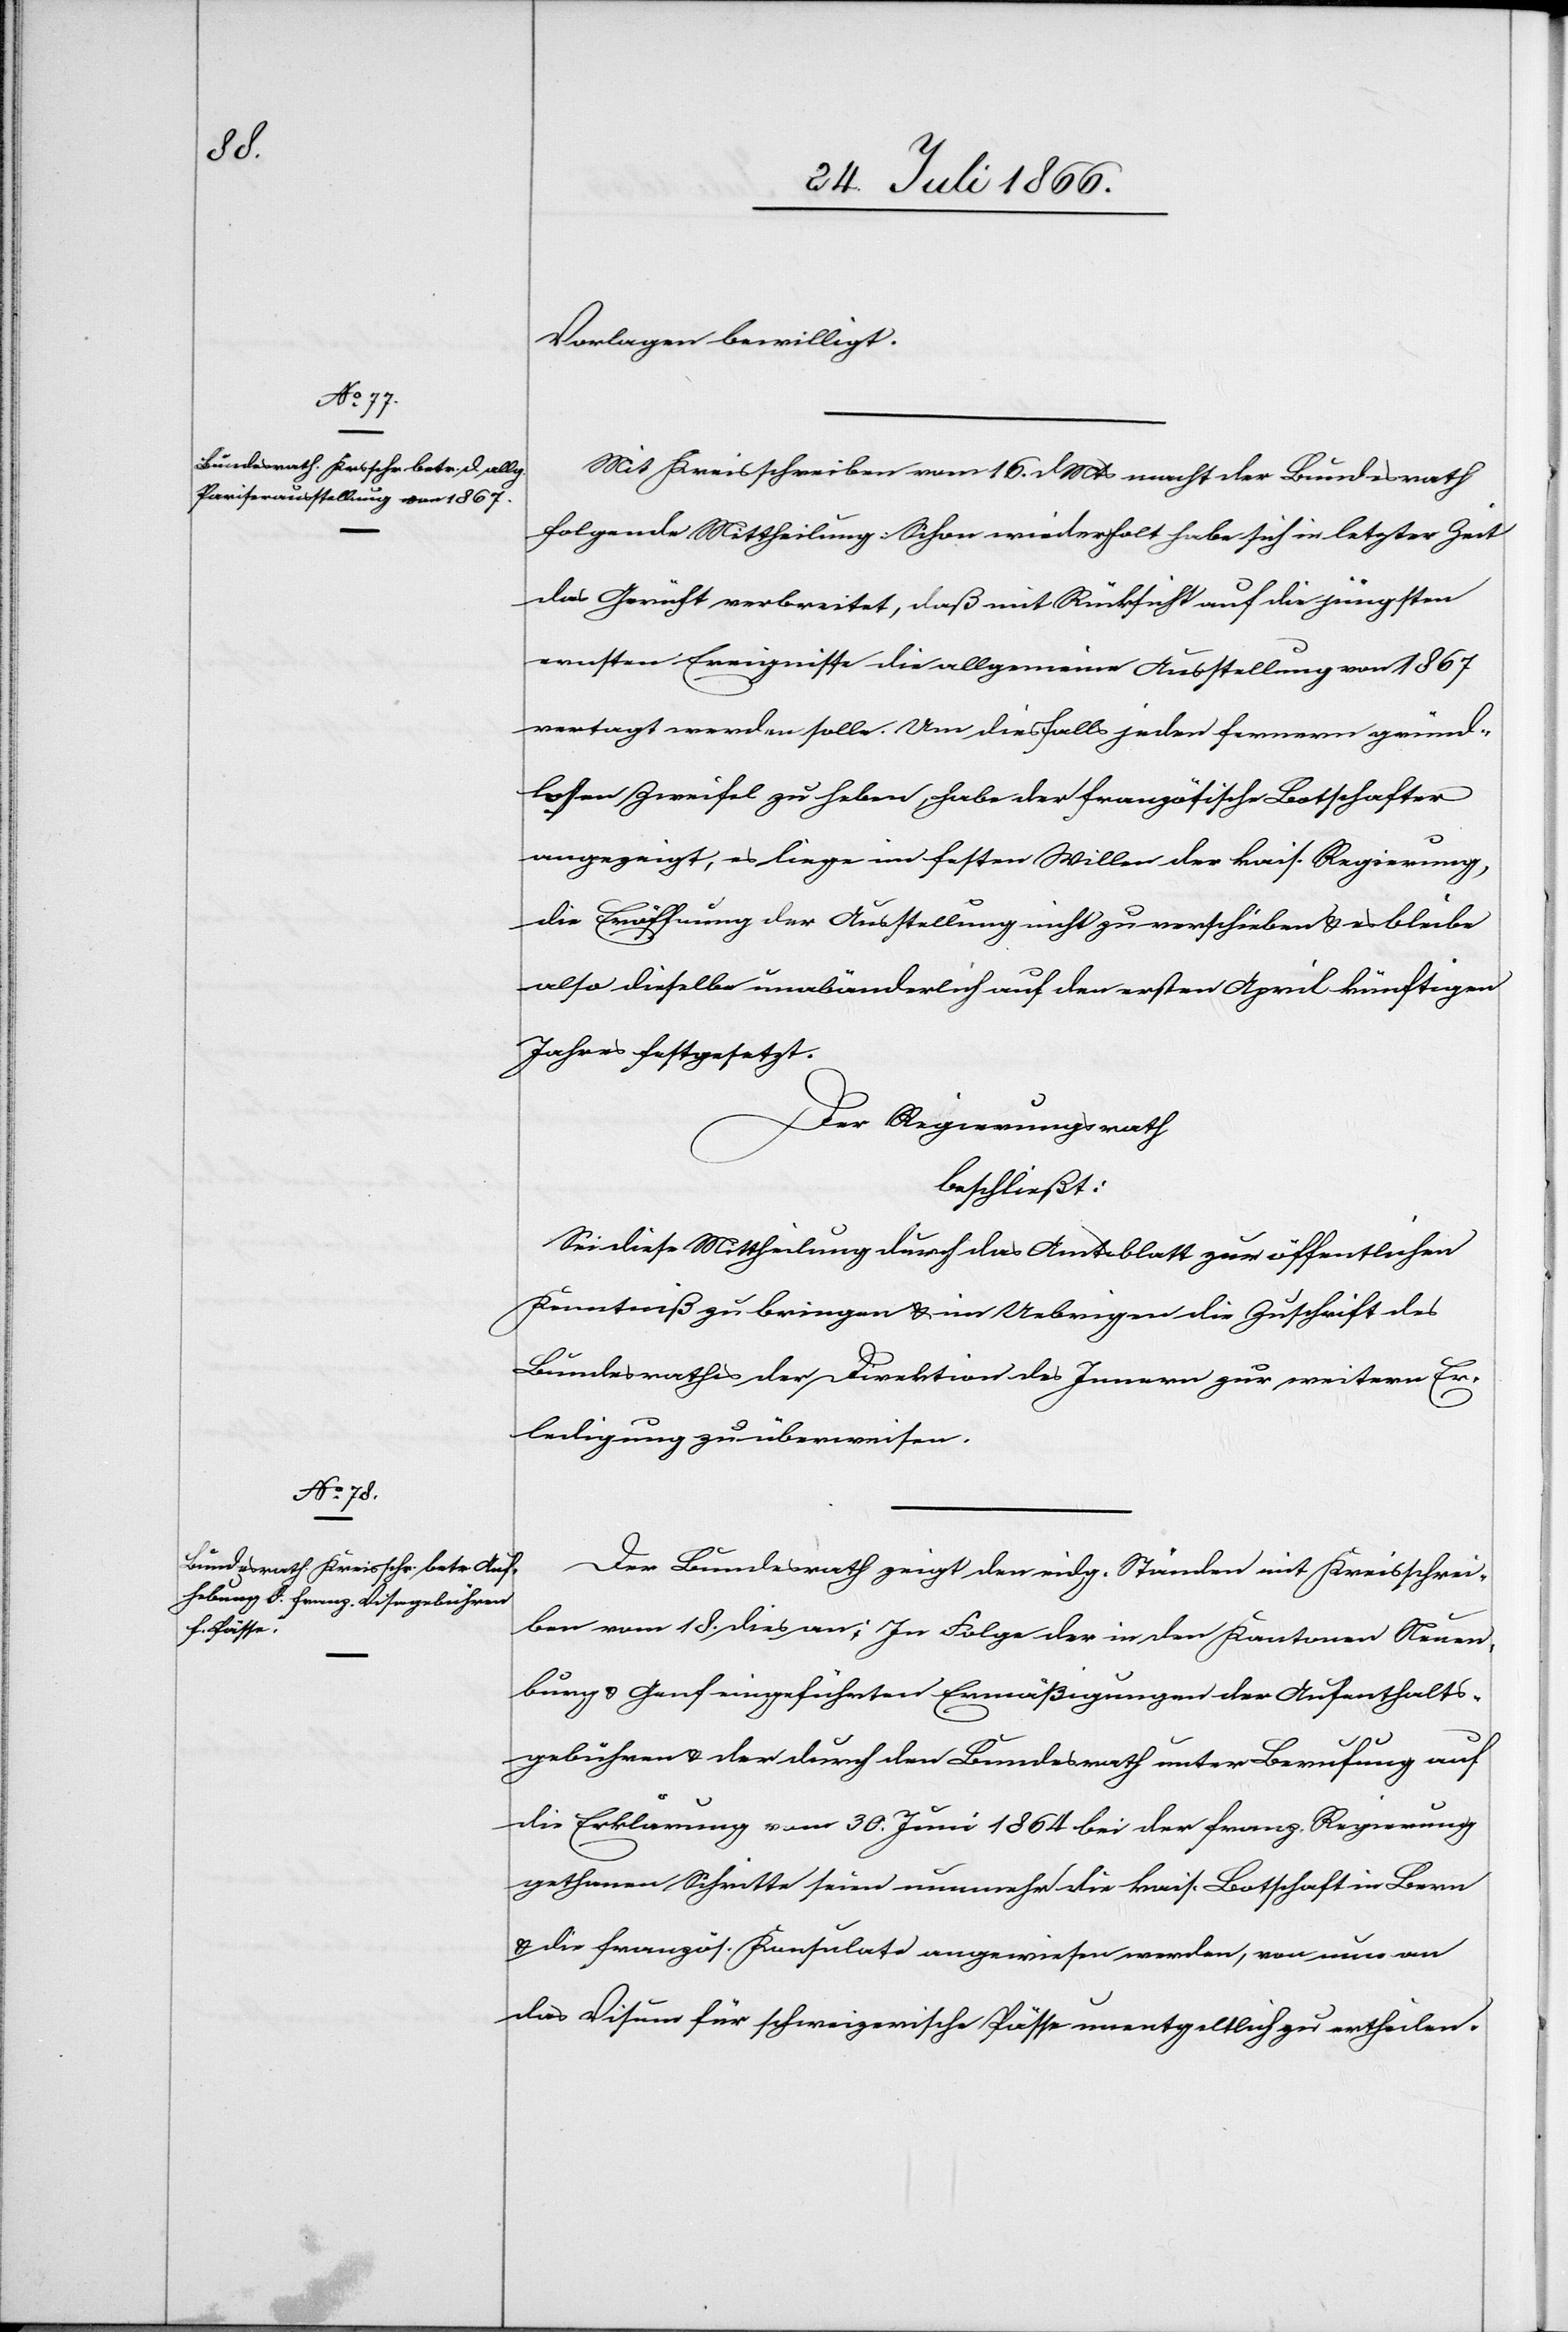
Vorlagen bewilligt.
Mit Kreisschreiben vom 16. d Mts macht der Bundesrath
folgende Mittheilung: Schon wiederholt habe sich in letzter Zeit
das Gerücht verbreitet, daß mit Rücksicht auf die jüngsten
ernsten Ereignisse die allgemeine Ausstellung von 1867
vertagt werden solle. Um diesfalls jeden fernern grund¬
losen Zweifel zu heben, habe der französische Botschafter
angezeigt, es liege im festen Willen der kais. Regierung
die Eröffnung der Ausstellung nicht zu verschieben u. es bleibe
also dieselbe unabänderlich auf den ersten April künftigen
Jahres festgesetzt.
Der Regierungsrath,
beschließt:
Sei diese Mittheilung durch das Amtsblatt zur öffentlichen
Kenntniß zu bringen u. im Uebrigen die Zuschrift des
Bundesrathes der Direktion des Innern zur weitern Er¬
ledigung zu überweisen.
Der Bundesrath zeigt den eidg. Ständen mit Kreisschrei¬
ben vom 18. dies an: In Folge der in den Kantonen Neuen¬
burg u. Genf eingeführten Ermäßigungen der Aufenthalts¬
gebühren u. der durch den Bundesrath unter Berufung auf
die Erklärung vom 30. Juni 1864 bei der franz. Regierung
gethanen Schritte seien nunmehr die kais. Botschaft in Bern
u. die französ. Konsulate angewiesen werden [sic!], von nun an
das Visum für schweizerische Pässe unentgeltlich zu ertheilen.